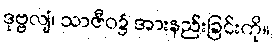
ဒုဗ္ဗလျံ၊ သာဇီဝ၌ အားနည်းခြင်းကို။